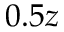
0 . 5 z